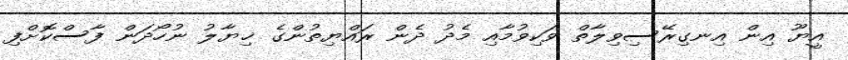
އީޔޫ އިން އިނގިރޭސިވިލާތް ވަކިވުމާއި މެދު ދެން ރައްޔިތުންގެ ޚިޔާލު ނުހޯދަން ފާސްކޮށްފި